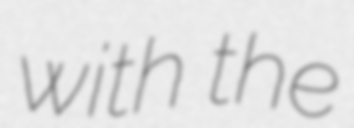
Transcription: with the